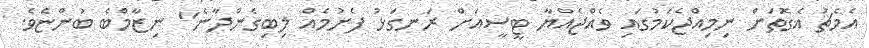
އެމެޗު އެގޮތަށް ނިމިއްޖެކަމުގައި ވެއްޖެއްޔާ ޓީސީއަށް ރަނގަޅު ފެށުމެއް ލިބިގެންދާނެ" ނިޒާމްބެ ބުންޏެވެ.